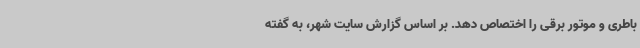
باطری و موتور برقی را اختصاص دهد. بر اساس گزارش سایت شهر، به گفته